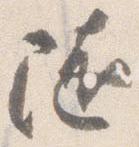
随